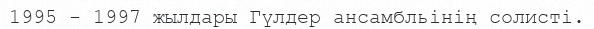
1995 - 1997 жылдары Гүлдер ансамбльінің солисті.